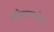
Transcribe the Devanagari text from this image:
अनेकजणांच्या